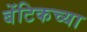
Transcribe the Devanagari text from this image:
बेंटिकच्या